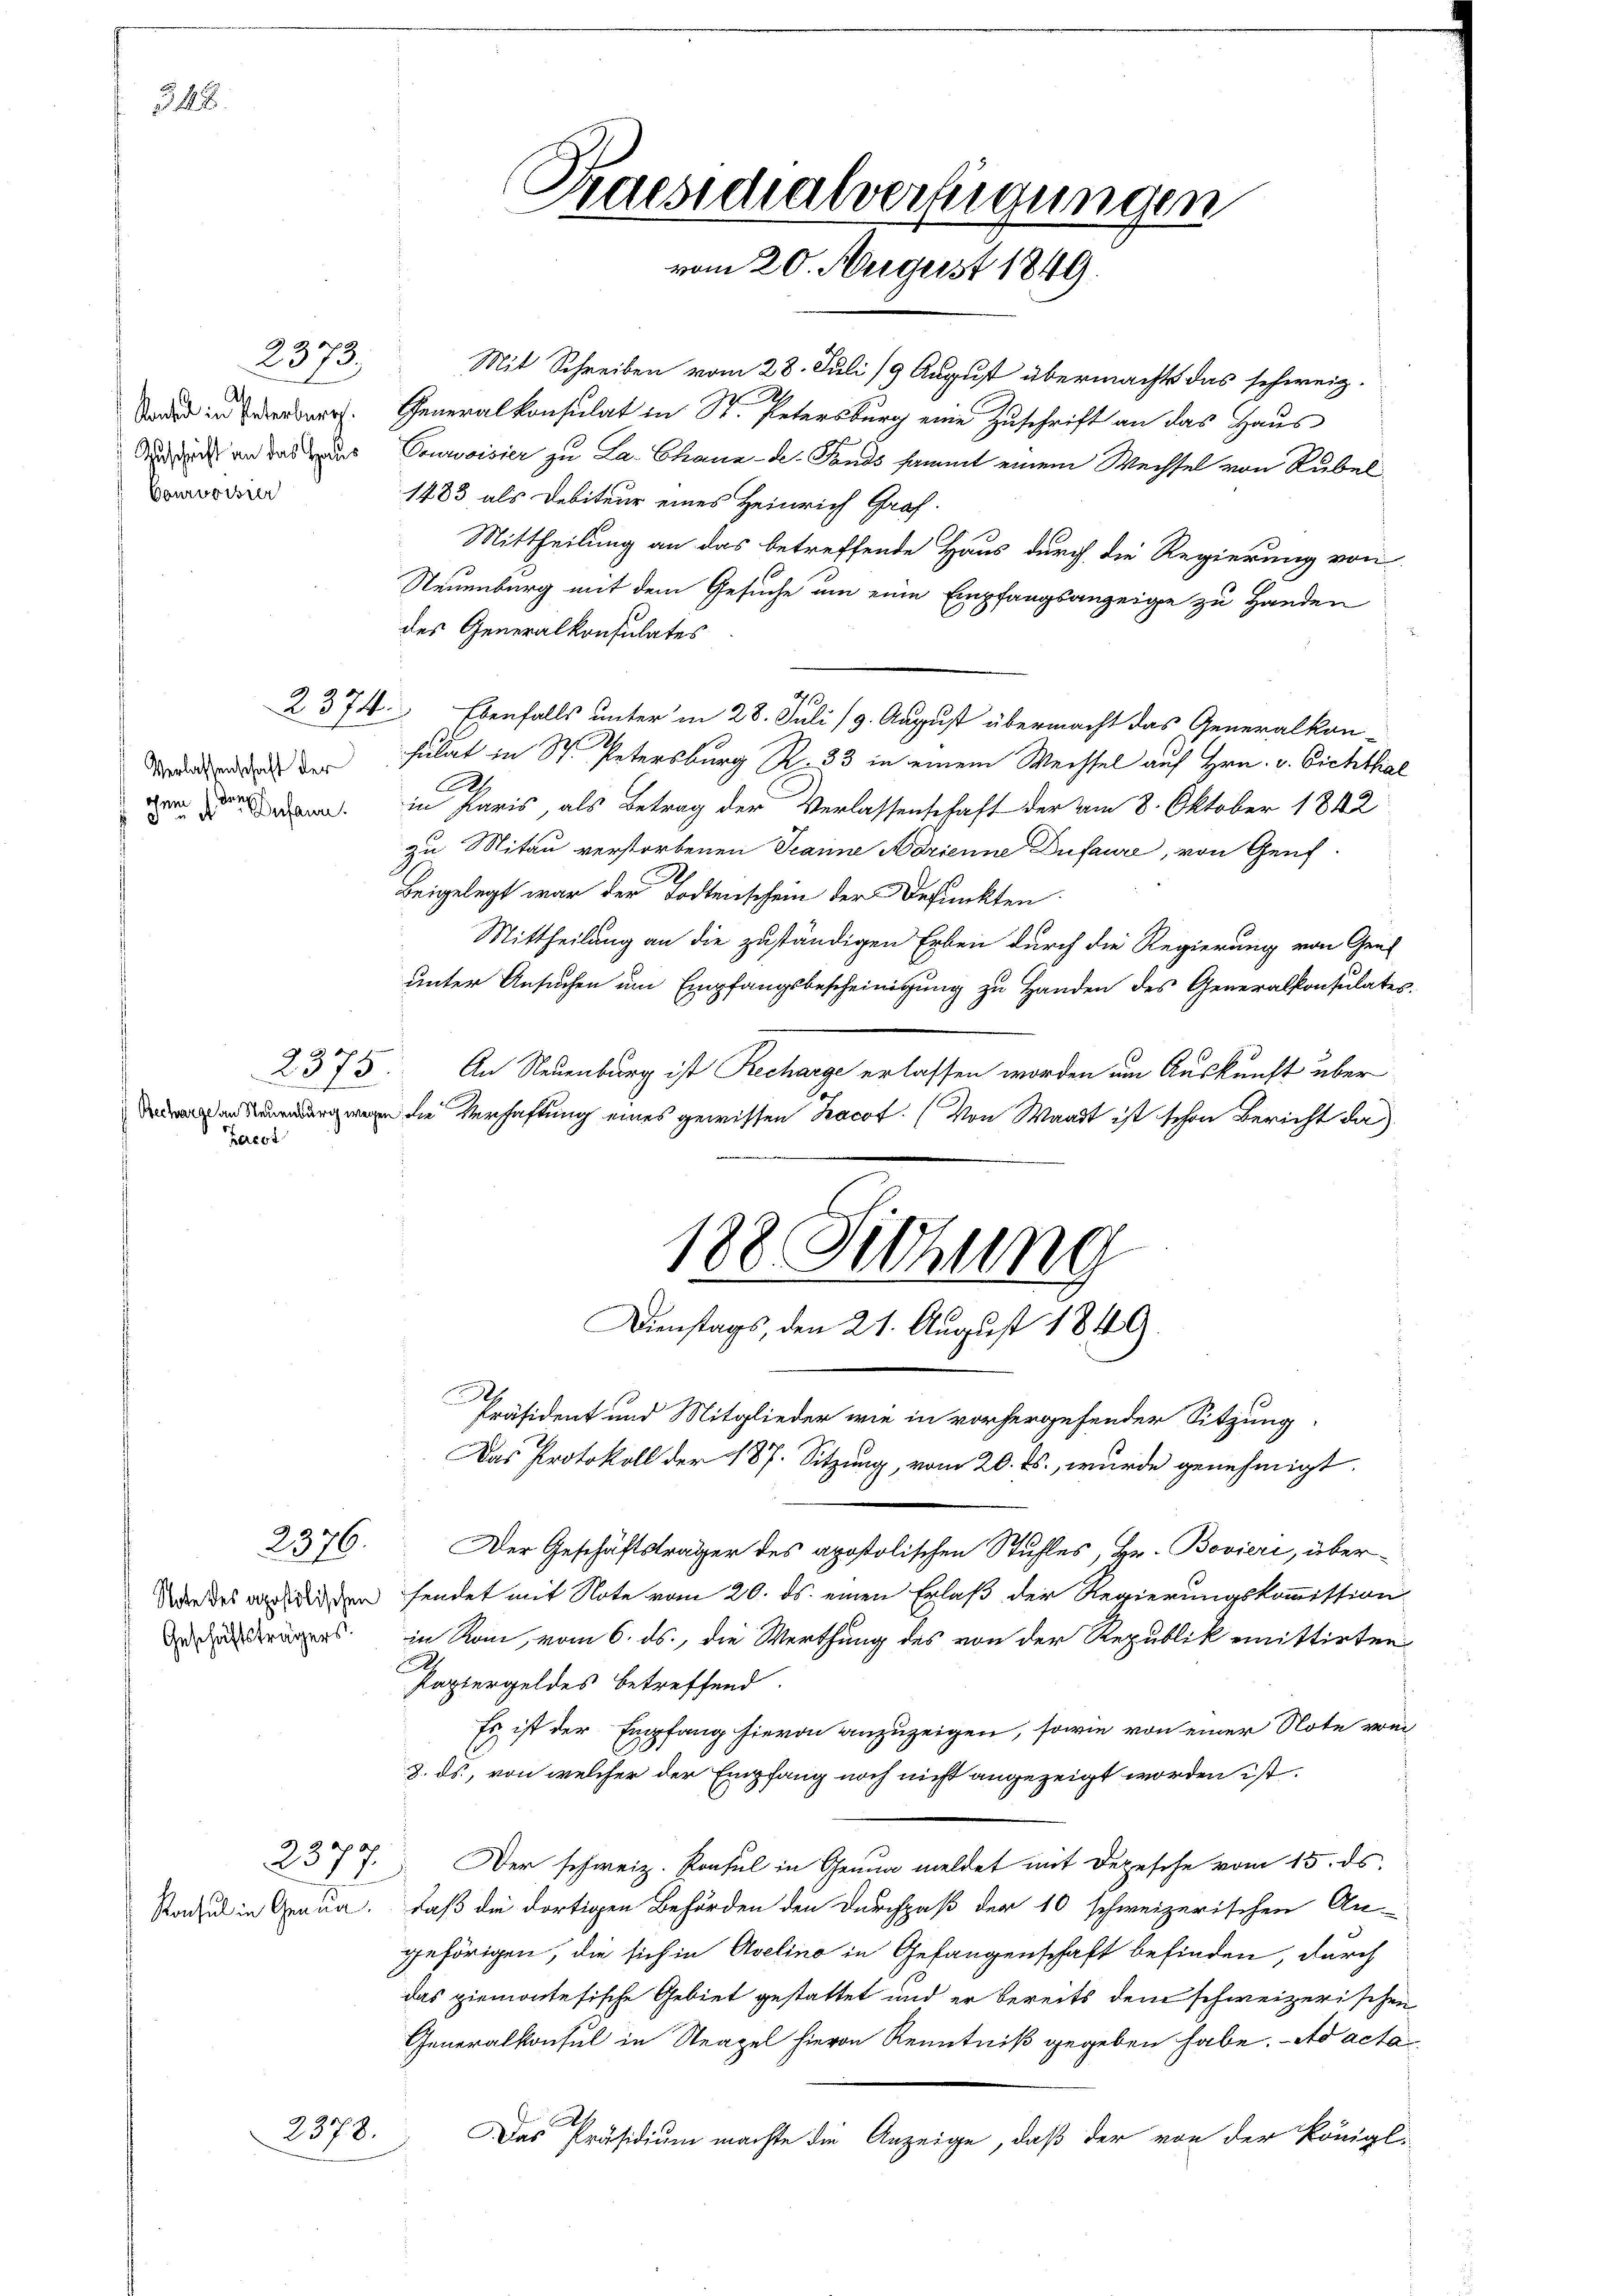
342.

2373.
Konsend in Paterburg.
Zuschrift an das Haus
Vonworte

2374.

Verlassenschaft der
chem der Susann

Kereot

2376.

Geschäftsträgers.

Mit Schreiben vom 28. Juli 19 August übermachts das schweiz.
e
Generalkonsulat in St. Petersburg eine Zuschrift an das Haus
Dowroisier zu La Chaux-de-Fonds sammt einem Wechsel von Rubel
1483 als Debiteur eines Heinrich Graf-
Mittheilung an das betreffende Haus durch die Regierung von
Neuenburg mit dem Gesuche um eine Empfangsanzeige zu Handen
des Generalkonsulates
Ebenfalls unter in 28. Juli (9. August übermacht das Generalkansulat in St. Petersburg R. 23 in einem Wechsel auf Hrn. v. Bichthal
R.
in Paris, als Betrag der Verlassenschaft der am 8. Oktober 1842
zu Mitau verstorbenen Jeanne Adrienne Dufaure, von Genf
Beigelegt war der Todtenschein der Defunkten
Mittheilung an die zuständigen Erben durch die Regierung von Genf
unter Ansuchen um Empfangsbescheinigung zu Handen des Generalkonsulates.
2375. An Neuenburg ist Recharge erlassen worden um Auskunft über
 die Verhaftung eines gewissen Zacot. (Von Waadt ist schon Bericht da
188. Sitzung
Dienstags, den 21. August 1849.
Präsident und Mitglieder wie in vorhergehender Sitzung
Das Protokoll der 187. Sitzung, vom 20. ds., wurde genehmigt.
Der Geschäftsträger des apostolischen Stuhles, Hr. Bovieri, über¬
War des verleiden sendet mit Note vom 20. ds. einen Erlaß der Regierungskommission
in Rom, vom 6. ds., die Werthung des von der Republik emittirten
Papiergeldes betreffend.
Es ist der Empfang hievon anzuzeigen, sowie von einer Note ver¬
8. ds., von welcher der Empfang noch nicht angezeigt worden ist.
237 7. Der schweiz. Konsul in Genua meldet mit Depesche vom 15. ds.
Stadel in Genua, daß die dortigen Behörden den Durchpaß der 10 schweizerischen An-
gehörigen, die sich in Avelino in Gefangenschaft befinden, durch
das ziemontesische Gebiet gestattet und er bereits dem schweizerischen
Generalkonsul in Neapel hievon Kenntniß gegeben habe. - Ad acta
Das Präsidium machte die Anzeige, daß der von der Königl.

2373.

Praesidialverfügungen
vom 20. August 1849.